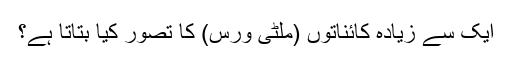
ایک سے زیادہ کائناتوں (ملٹی ورس) کا تصور کیا بتاتا ہے؟